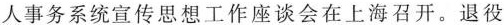
4.[安徽池州2020期末]2019年11月19日，全国退役军